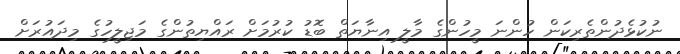
ނުކުޅެދުންތެރިކަން ހުންނަ މީހުންގެ މާލީ އިނާޔަތް ބޮޑު ކުރުމަށް ރައްޔިތުންގެ މަޖިލީހުގެ މިދައުރަށް